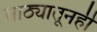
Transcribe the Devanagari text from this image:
साठ्यातूनही